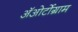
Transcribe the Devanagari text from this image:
अॅओर्टोग्राम